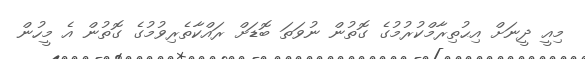
މިއީ ދީނަށް އިޙުތިރާމްކުރުމުގެ ގޮތުން ނުވަތަ ބޮޑަށް ރައްކާތެރިވުމުގެ ގޮތުން އެ މީހުން